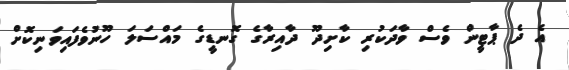
އެ ދެ ޕާޓީން ވެސް ވާދަކުރި ކާށިދޫ ދާއިރާގެ ގޮނޑީގެ މައްސަލަ ހޫނުވެފައިވަނިކޮށް